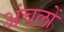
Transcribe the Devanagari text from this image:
अंचलोँ